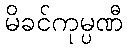
မိခင်ကုမ္ပဏီ